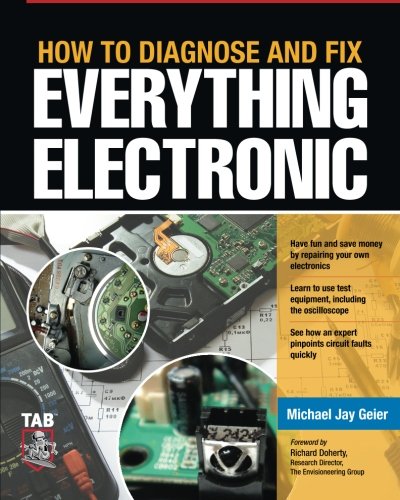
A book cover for How to Diagnose and Fix Everything Electronic; Michael Geier; Engineering & Transportation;